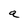
Character: a